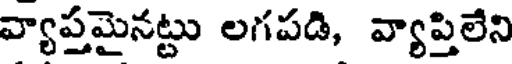
వ్యాప్తమైనట్టు లగపడి, వ్యాప్తిలేని